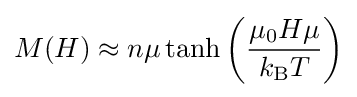
M(H)\approx n\mu \tanh \left({\frac {\mu _{0}H\mu }{k_{\text{B}}T}}\right)